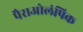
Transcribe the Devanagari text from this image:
पैराओलंपिक